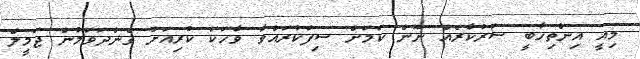
މިއީ އިންތިހާބީ ސަރުކާރެއް ނޫން ކަމަށް ސިފަކުރައްވާ ވާހަކަ ކުރިއަށް ގެންދަވަމުން ޖަމީލް